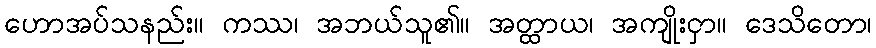
ဟောအပ်သနည်း။ ကဿ၊ အဘယ်သူ၏။ အတ္ထာယ၊ အကျိုးငှာ။ ဒေသိတော၊